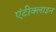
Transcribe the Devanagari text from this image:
एंटीक्लाइन